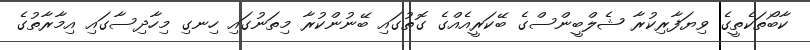
ކާބޯތަކެތީގެ ވިޔަފާރިކުރާ ޝެލްބީންސްގެ ބޭކަރީއެއްގެ ގޮތުގައި ބޭނުންކުރާ މިތަނުގައި ހިނގި މިހާދިސާގައި އިމާރާތުގެ